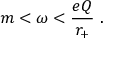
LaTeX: m < \omega < \frac { e Q } { r _ { + } } ~ .